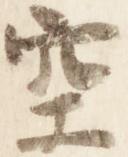
空